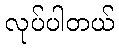
လုပ်ပါတယ်